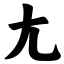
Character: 尢